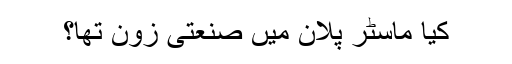
کیا ماسٹر پلان میں صنعتی زون تھا؟